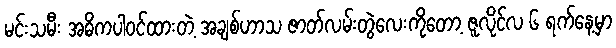
မင်းသမီး အဓိကပါဝင်ထားတဲ့ အချစ်ဟာသ ဇာတ်လမ်းတွဲလေးကိုတော့ ဇူလိုင်လ ၆ ရက်နေ့မှာ